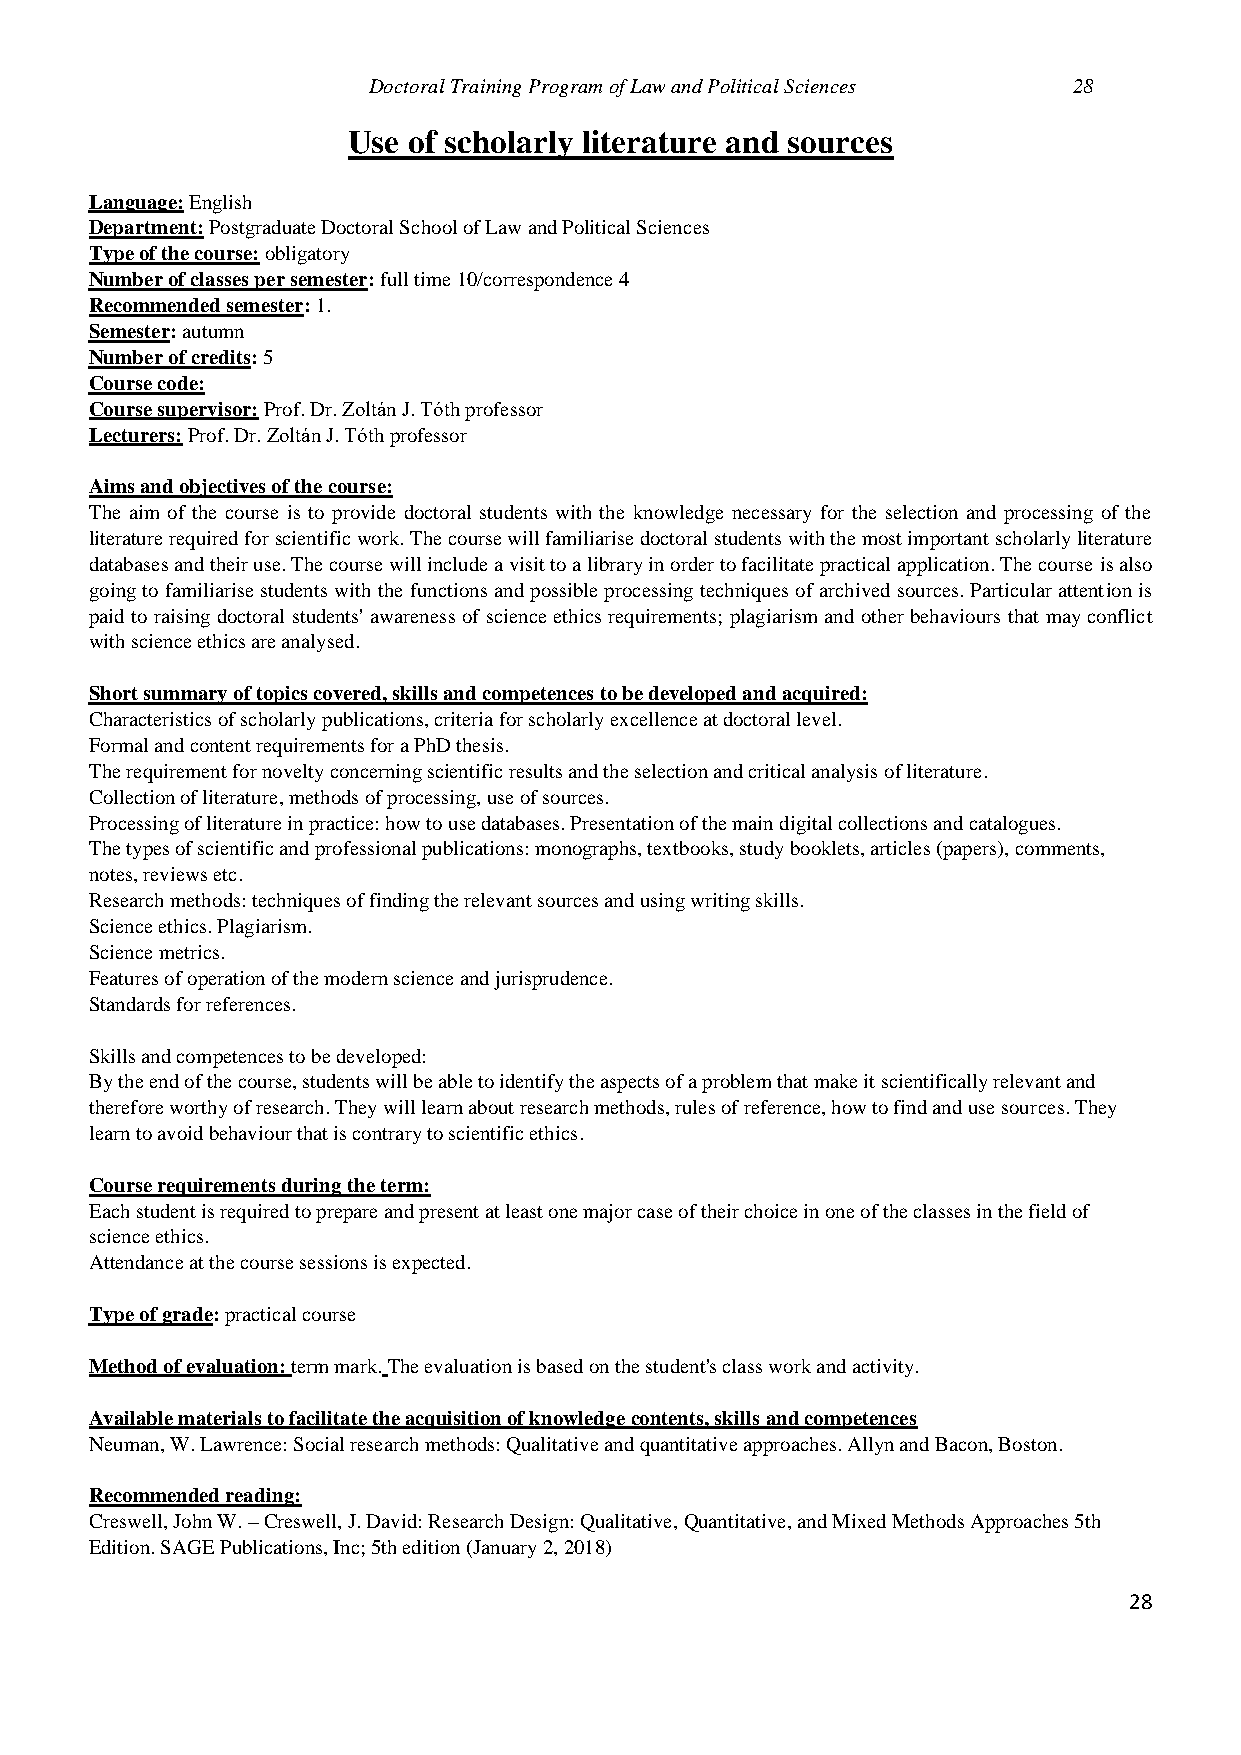
Doctoral Training Program of Law and Political Sciences 28
 Use of scholarly literature and sources
 Language: English
 Department: Postgraduate Doctoral School of Law and Political Sciences
 Type of the course: obligatory
 Number of classes per semester: full time 10/correspondence 4
 Recommended semester: 1.
 Semester: autumn
 Number of credits: 5
 Course code:
 Course supervisor: Prof. Dr. Zoltán J. Tóth professor
 Lecturers: Prof. Dr. Zoltán J. Tóth professor
 Aims and objectives of the course:
 The aim of the course is to provide doctoral students with the knowledge necessary for the selection and processing of the
 literature required for scientific work. The course will familiarise doctoral students with the most important scholarly literature
 databases and their use. The course will include a visit to a library in order to facilitate practical application. The course is also
 going to familiarise students with the functions and possible processing techniques of archived sources. Particular attention is
 paid to raising doctoral students' awareness of science ethics requirements; plagiarism and other behaviours that may conflict
 with science ethics are analysed.
 Short summary of topics covered, skills and competences to be developed and acquired:
 Characteristics of scholarly publications, criteria for scholarly excellence at doctoral level.
 Formal and content requirements for a PhD thesis.
 The requirement for novelty concerning scientific results and the selection and critical analysis of literature.
 Collection of literature, methods of processing, use of sources.
 Processing of literature in practice: how to use databases. Presentation of the main digital collections and catalogues.
 The types of scientific and professional publications: monographs, textbooks, study booklets, articles (papers), comments,
 notes, reviews etc.
 Research methods: techniques of finding the relevant sources and using writing skills.
 Science ethics. Plagiarism.
 Science metrics.
 Features of operation of the modern science and jurisprudence.
 Standards for references.
 Skills and competences to be developed:
 By the end of the course, students will be able to identify the aspects of a problem that make it scientifically relevant and
 therefore worthy of research. They will learn about research methods, rules of reference, how to find and use sources. They
 learn to avoid behaviour that is contrary to scientific ethics.
 Course requirements during the term:
 Each student is required to prepare and present at least one major case of their choice in one of the classes in the field of
 science ethics.
 Attendance at the course sessions is expected.
 Type of grade: practical course
 Method of evaluation: term mark. The evaluation is based on the student's class work and activity.
 Available materials to facilitate the acquisition of knowledge contents, skills and competences
 Neuman, W. Lawrence: Social research methods: Qualitative and quantitative approaches. Allyn and Bacon, Boston.
 Recommended reading:
 Creswell, John W. – Creswell, J. David: Research Design: Qualitative, Quantitative, and Mixed Methods Approaches 5th
 Edition. SAGE Publications, Inc; 5th edition (January 2, 2018)
 28